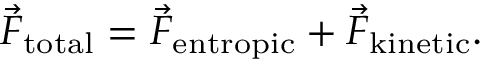
\vec { F } _ { \mathrm { t o t a l } } = \vec { F } _ { \mathrm { e n t r o p i c } } + \vec { F } _ { \mathrm { k i n e t i c } } .